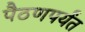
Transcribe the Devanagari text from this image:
पैठणपर्यंत